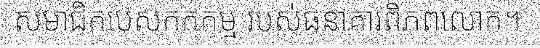
សមាជិកបេសកកកម្ម របស់ធនាគារពិភពលោក។